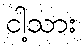
ငါ့သား